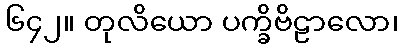
၆၄၂။ တုလိယော ပက္ခိဗိဠာလော၊